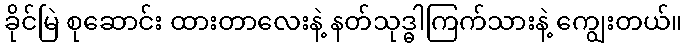
ခိုင်မြဲ စုဆောင်း ထားတာလေးနဲ့ နတ်သုဒ္ဓါကြက်သားနဲ့ ကျွေးတယ်။